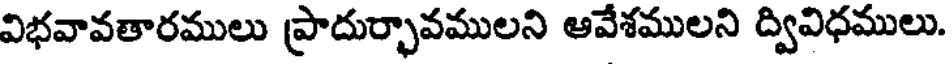
విభవావతారములు ప్రాదుర్భావములని ఆవేశములని ద్వివిధములు.